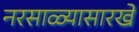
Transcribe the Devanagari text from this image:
नरसाळ्यासारखे